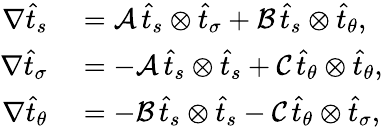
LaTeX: \begin{array}{rl}{\nabla\widehat{t}_{s}}&{{}=\mathcal{A}\, \widehat{t}_{s}\otimes\widehat{t}_{\sigma}+\mathcal{B}\, \widehat{t}_{s}\otimes\widehat{t}_{\theta},}\\ {\nabla\widehat{t}_{\sigma}}&{{}=-\mathcal{A}\, \widehat{t}_{s}\otimes\widehat{t}_{s}+\mathcal{C}\, \widehat{t}_{\theta}\otimes\widehat{t}_{\theta},}\\ {\nabla\widehat{t}_{\theta}}&{{}=-\mathcal{B}\, \widehat{t}_{s}\otimes\widehat{t}_{s}-\mathcal{C}\, \widehat{t}_{\theta}\otimes\widehat{t}_{\sigma},}\end{array}